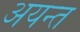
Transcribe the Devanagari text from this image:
अयन्त